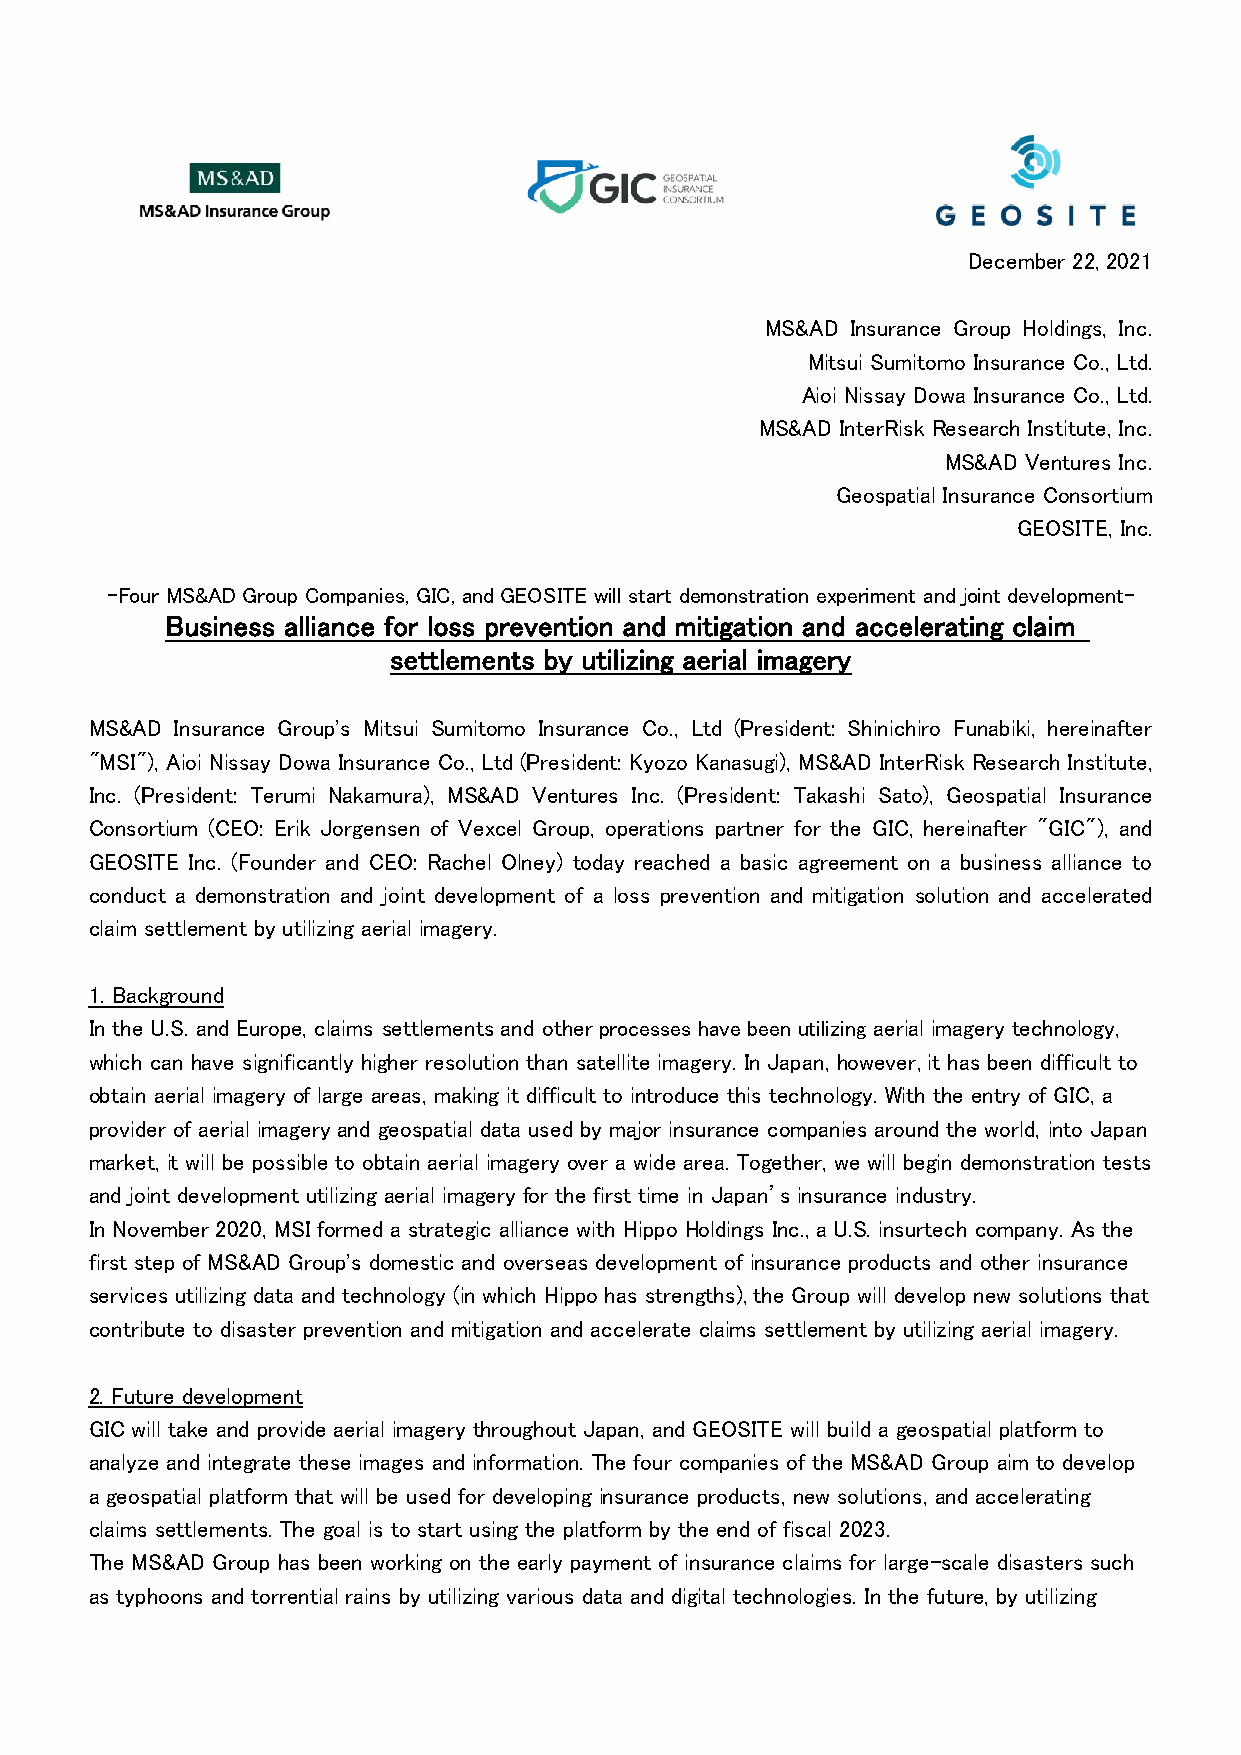
December 22, 2021
 MS&AD Insurance Group Holdings, Inc.
 Mitsui Sumitomo Insurance Co., Ltd.
 Aioi Nissay Dowa Insurance Co., Ltd.
 MS&AD InterRisk Research Institute, Inc.
 MS&AD Ventures Inc.
 Geospatial Insurance Consortium
 GEOSITE, Inc.
 -Four MS&AD Group Companies, GIC, and GEOSITE will start demonstration experiment and joint development-
 Business alliance for loss prevention and mitigation and accelerating claim
 settlements by utilizing aerial imagery
 MS&AD Insurance Group's Mitsui Sumitomo Insurance Co., Ltd (President: Shinichiro Funabiki, hereinafter
 "MSI"), Aioi Nissay Dowa Insurance Co., Ltd (President: Kyozo Kanasugi), MS&AD InterRisk Research Institute,
 Inc. (President: Terumi Nakamura), MS&AD Ventures Inc. (President: Takashi Sato), Geospatial Insurance
 Consortium (CEO: Erik Jorgensen of Vexcel Group, operations partner for the GIC, hereinafter "GIC"), and
 GEOSITE Inc. (Founder and CEO: Rachel Olney) today reached a basic agreement on a business alliance to
 conduct a demonstration and joint development of a loss prevention and mitigation solution and accelerated
 claim settlement by utilizing aerial imagery.
 1. Background
 In the U.S. and Europe, claims settlements and other processes have been utilizing aerial imagery technology,
 which can have significantly higher resolution than satellite imagery. In Japan, however, it has been difficult to
 obtain aerial imagery of large areas, making it difficult to introduce this technology. With the entry of GIC, a
 provider of aerial imagery and geospatial data used by major insurance companies around the world, into Japan
 market, it will be possible to obtain aerial imagery over a wide area. Together, we will begin demonstration tests
 and joint development utilizing aerial imagery for the first time in Japan’s insurance industry.
 In November 2020, MSI formed a strategic alliance with Hippo Holdings Inc., a U.S. insurtech company. As the
 first step of MS&AD Group's domestic and overseas development of insurance products and other insurance
 services utilizing data and technology (in which Hippo has strengths), the Group will develop new solutions that
 contribute to disaster prevention and mitigation and accelerate claims settlement by utilizing aerial imagery.
 2. Future development
 GIC will take and provide aerial imagery throughout Japan, and GEOSITE will build a geospatial platform to
 analyze and integrate these images and information. The four companies of the MS&AD Group aim to develop
 a geospatial platform that will be used for developing insurance products, new solutions, and accelerating
 claims settlements. The goal is to start using the platform by the end of fiscal 2023.
 The MS&AD Group has been working on the early payment of insurance claims for large-scale disasters such
 as typhoons and torrential rains by utilizing various data and digital technologies. In the future, by utilizing